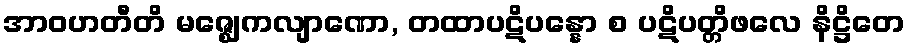
အာဝဟတီတိ မဇ္ဈေကလျာဏော, တထာပဋိပန္နော စ ပဋိပတ္တိဖလေ နိဋ္ဌိတေ